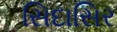
સિદાસિર